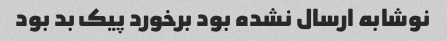
نوشابه ارسال نشده بود برخورد پیک بد بود